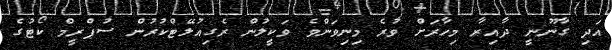
އަދި ގާނޫނީ ދާއިރާ މިހާރަށް ވުރެ މިނިވަންވެ ވަކީލުން ރެގިއުލޭޓްކުރުން ސުޕްރީމް ކޯޓުގެ